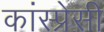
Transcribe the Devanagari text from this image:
कांस्प्रेसी